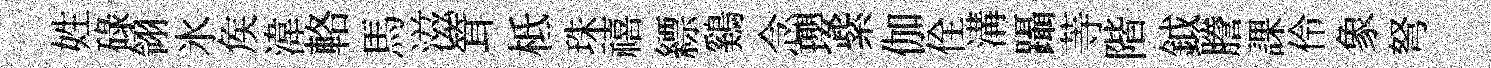
姓碌翎氷矦湋輅馬滋䇯柢珠禧縹鷄念瓔紫伽佺溝躡䓁階鉞謄課伶象弩